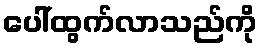
ပေါ်ထွက်လာသည်ကို